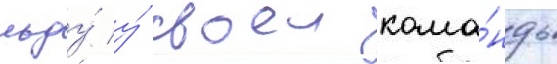
льду́ у́ своеи кома́нды